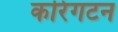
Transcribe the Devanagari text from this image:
करिंगटन